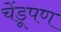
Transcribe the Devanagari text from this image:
चेंडूपण